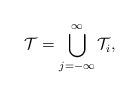
LaTeX: \begin{align*}\mathcal{T} = \bigcup_{j = - \infty}^{\infty} \mathcal{T}_i,\end{align*}